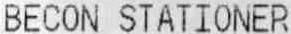
BECON STATIONER